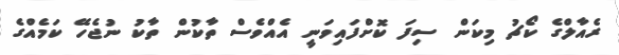
ރެއާލްގެ ކޯޗު މިކަން ސިފަ ކޮށްފައިވަނީ އެއްވެސް ތާކުން ތާކު ނުޖެހޭ ކަމެއްގެ